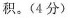
积。(4分)